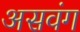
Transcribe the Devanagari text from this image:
असवंग